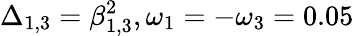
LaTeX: \Delta_{1,3}=\beta_{1,3}^{2},\omega_{1}=-\omega_{3}=0.05